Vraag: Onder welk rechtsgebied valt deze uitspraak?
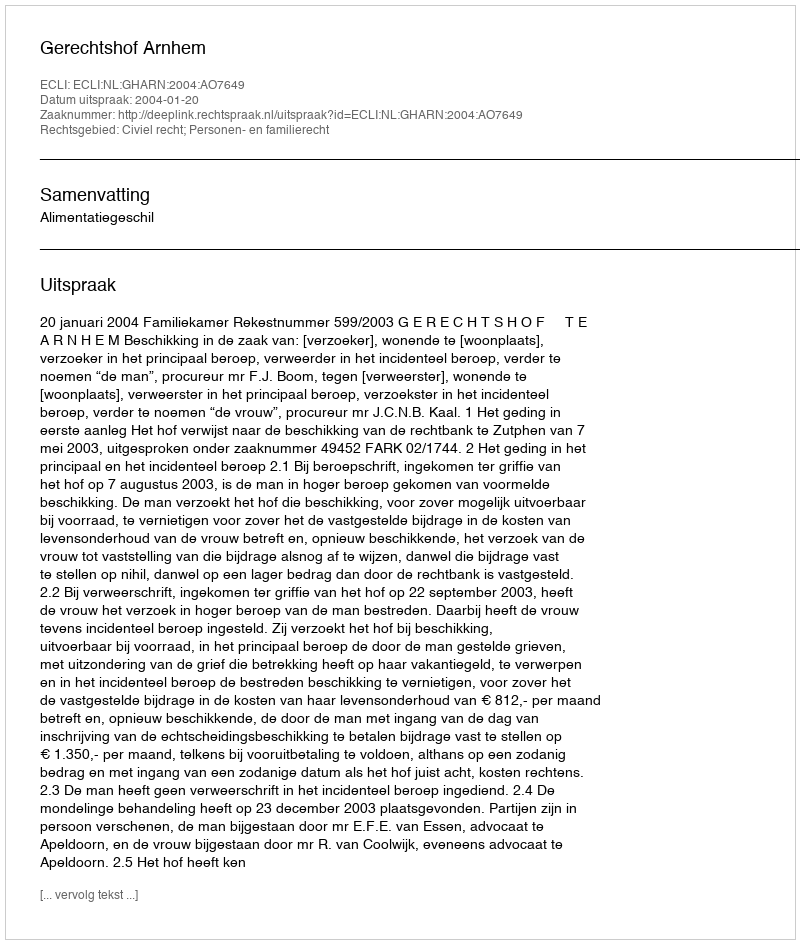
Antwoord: Civiel recht; Personen- en familierecht